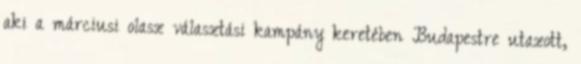
aki a márciusi olasz választási kampány keretében Budapestre utazott,